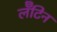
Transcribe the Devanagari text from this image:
लॅॅॅटिन